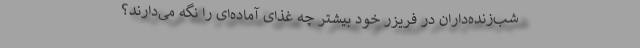
شب‌زنده‌داران در فریزر خود بیشتر چه غذای آماده‌ای را نگه می‌دارند؟